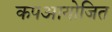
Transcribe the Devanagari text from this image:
कपआयोजित